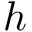
h